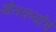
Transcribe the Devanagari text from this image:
शेतकर्यांचे